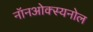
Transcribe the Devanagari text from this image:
नॉनओक्स्यनोल